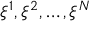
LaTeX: \xi ^ { 1 } , \xi ^ { 2 } , \dots , \xi ^ { N }